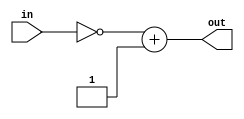
module twosComplement(in, out);
        input [3:0] in;
        output [3:0] out;

        assign out = ~in + 4'b1;
endmodule